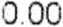
0.00